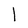
Character: I